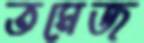
তমেজ